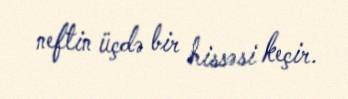
neftin üçdə bir hissəsi keçir.